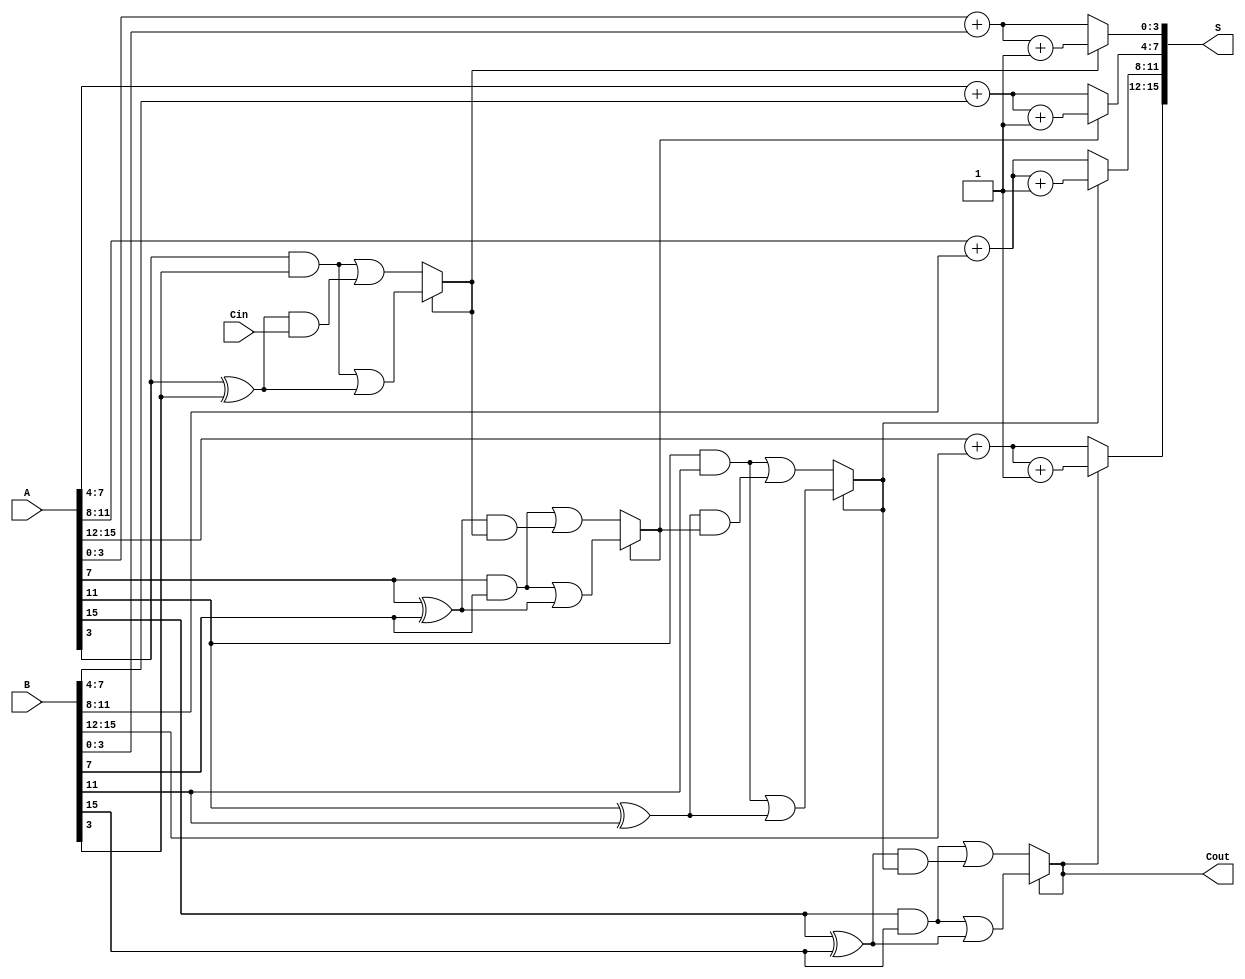
module Carry_Select_Adder #(
    parameter N = 16, // Total number of bits
    parameter M = 4   // Block size
)(
    input [N-1:0] A,      // First operand
    input [N-1:0] B,      // Second operand
    input Cin,            // Carry-in
    output [N-1:0] S,     // Sum output
    output Cout           // Carry-out
);
    
    localparam NUM_BLOCKS = N / M; // Number of blocks

    wire [M-1:0] S0 [0:NUM_BLOCKS-1]; // Sum if carry-in is 0 for each block
    wire [M-1:0] S1 [0:NUM_BLOCKS-1]; // Sum if carry-in is 1 for each block
    wire Cout0 [0:NUM_BLOCKS-1];      // Carry-out if carry-in is 0 for each block
    wire Cout1 [0:NUM_BLOCKS-1];      // Carry-out if carry-in is 1 for each block
    wire carry [0:NUM_BLOCKS-1];       // Actual carry from each block

    // Block level computation
    genvar i;
    generate
        for (i = 0; i < NUM_BLOCKS; i = i + 1) begin : block
            wire [M-1:0] A_block = A[(i*M) +: M];
            wire [M-1:0] B_block = B[(i*M) +: M];
            wire local_cin = (i == 0) ? Cin : carry[i-1]; // Carry from previous block

            // Sum and carry computations for both cases
            assign S0[i] = A_block + B_block;                       // When Cin = 0
            assign Cout0[i] = (A_block[M-1] & B_block[M-1]) | ((A_block[M-1] ^ B_block[M-1]) & local_cin); // Carry out for Cin = 0
            
            assign S1[i] = A_block + B_block + 1'b1;               // When Cin = 1
            assign Cout1[i] = (A_block[M-1] & B_block[M-1]) | ((A_block[M-1] ^ B_block[M-1]) & 1'b1); // Carry out for Cin = 1
        end

        // Select multiplexer for sums based on carry
        for (i = 0; i < NUM_BLOCKS; i = i + 1) begin : mux
            assign S[(i*M) +: M] = carry[i] ? S1[i] : S0[i];

            // Set carry for next block
            assign carry[i] = carry[i] ? Cout1[i] : Cout0[i];
        end
    endgenerate

    // Final Cout
    assign Cout = carry[NUM_BLOCKS-1];

endmodule